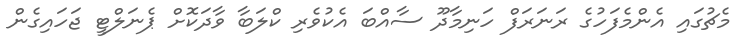
މެޗުގައި އެންމެފަހުގެ ރަނަރަފް ހަނިމާދޫ ސާއްބަ އެކުވެރި ކްލަބާ ވާދަކޮށް ޕެނަލްޓީ ޖަަހައިގެން